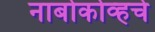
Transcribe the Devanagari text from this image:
नाबोकोव्हचे